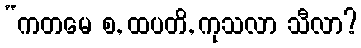
“ကတမေ စ, ထပတိ, ကုသလာ သီလာ?